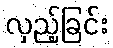
လှည့်ခြင်း